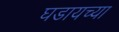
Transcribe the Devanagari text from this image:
घडायच्या